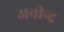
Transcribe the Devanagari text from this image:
अवीन्द्र